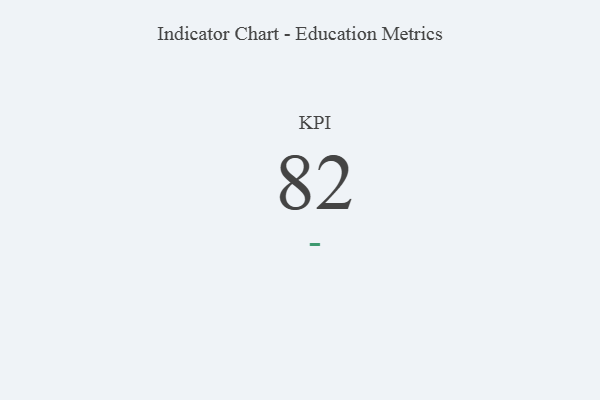
{"axis": {"x": "KPI", "y": "Value"}, "legend": [""], "data": [{"x": "KPI", "y": 82, "type": ""}]}